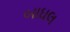
બાઘલ